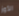
الأوز